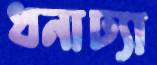
ধনাঢ্যা